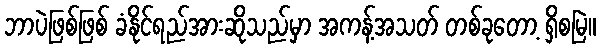
ဘာပဲဖြစ်ဖြစ် ခံနိုင်ရည်အားဆိုသည်မှာ အကန့်အသတ် တစ်ခုတော့ ရှိစမြဲ။